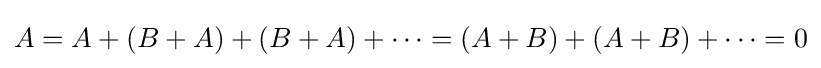
A=A+(B+A)+(B+A)+\cdots =(A+B)+(A+B)+\cdots =0